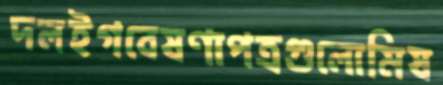
দলইগবেষণাপত্রগুলোমিষ